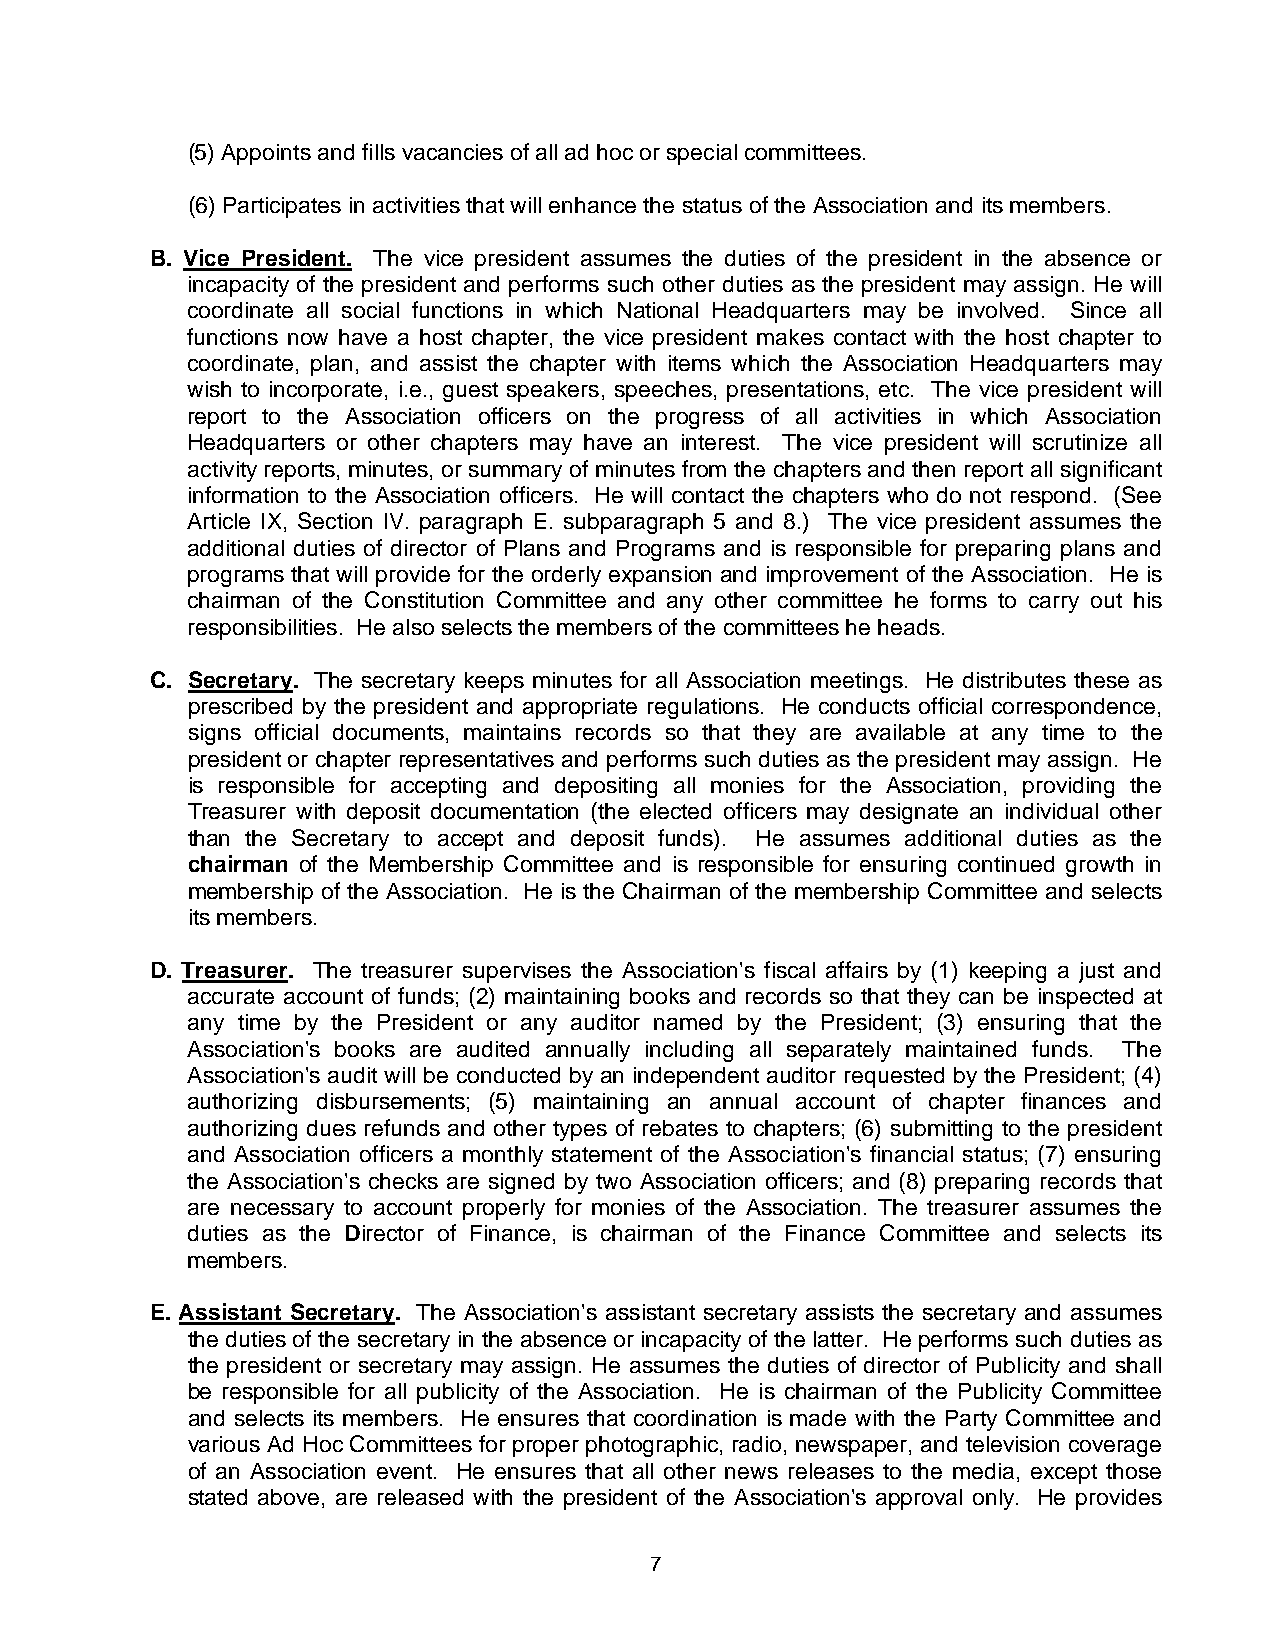
(5) Appoints and fills vacancies of all ad hoc or special committees.
 (6) Participates in activities that will enhance the status of the Association and its members.
 B. Vice President. The vice president assumes the duties of the president in the absence or
 incapacity of the president and performs such other duties as the president may assign. He will
 coordinate all social functions in which National Headquarters may be involved. Since all
 functions now have a host chapter, the vice president makes contact with the host chapter to
 coordinate, plan, and assist the chapter with items which the Association Headquarters may
 wish to incorporate, i.e., guest speakers, speeches, presentations, etc. The vice president will
 report to the Association officers on the progress of all activities in which Association
 Headquarters or other chapters may have an interest. The vice president will scrutinize all
 activity reports, minutes, or summary of minutes from the chapters and then report all significant
 information to the Association officers. He will contact the chapters who do not respond. (See
 Article IX, Section IV. paragraph E. subparagraph 5 and 8.) The vice president assumes the
 additional duties of director of Plans and Programs and is responsible for preparing plans and
 programs that will provide for the orderly expansion and improvement of the Association. He is
 chairman of the Constitution Committee and any other committee he forms to carry out his
 responsibilities. He also selects the members of the committees he heads.
 C. Secretary. The secretary keeps minutes for all Association meetings. He distributes these as
 prescribed by the president and appropriate regulations. He conducts official correspondence,
 signs official documents, maintains records so that they are available at any time to the
 president or chapter representatives and performs such duties as the president may assign. He
 is responsible for accepting and depositing all monies for the Association, providing the
 Treasurer with deposit documentation (the elected officers may designate an individual other
 than the Secretary to accept and deposit funds). He assumes additional duties as the
 chairman of the Membership Committee and is responsible for ensuring continued growth in
 membership of the Association. He is the Chairman of the membership Committee and selects
 its members.
 D. Treasurer. The treasurer supervises the Association's fiscal affairs by (1) keeping a just and
 accurate account of funds; (2) maintaining books and records so that they can be inspected at
 any time by the President or any auditor named by the President; (3) ensuring that the
 Association's books are audited annually including all separately maintained funds. The
 Association's audit will be conducted by an independent auditor requested by the President; (4)
 authorizing disbursements; (5) maintaining an annual account of chapter finances and
 authorizing dues refunds and other types of rebates to chapters; (6) submitting to the president
 and Association officers a monthly statement of the Association's financial status; (7) ensuring
 the Association's checks are signed by two Association officers; and (8) preparing records that
 are necessary to account properly for monies of the Association. The treasurer assumes the
 duties as the Director of Finance, is chairman of the Finance Committee and selects its
 members.
 E. Assistant Secretary. The Association's assistant secretary assists the secretary and assumes
 the duties of the secretary in the absence or incapacity of the latter. He performs such duties as
 the president or secretary may assign. He assumes the duties of director of Publicity and shall
 be responsible for all publicity of the Association. He is chairman of the Publicity Committee
 and selects its members. He ensures that coordination is made with the Party Committee and
 various Ad Hoc Committees for proper photographic, radio, newspaper, and television coverage
 of an Association event. He ensures that all other news releases to the media, except those
 stated above, are released with the president of the Association's approval only. He provides
 7